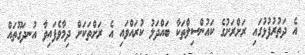
އެ ދަތުރުފުޅުގައި ރަށްރަށުގެ ކައުންސިލްތަކާ ބައްދަލު ކުރައްވައި އެ ރަށްތަކަށް ދިމާވެފައިވާ އުނދަގޫތައް